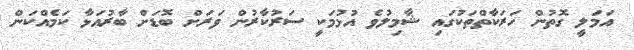
އަމަލީ ގޮތުން ހަރަކާތްތަކުގައި ޝާމިލުވެ އުޅުމަކީ ސަރުކާރުން ވަރަށް ބޮޑަށް ބާރުއަޅާ ކަމެއްކަން